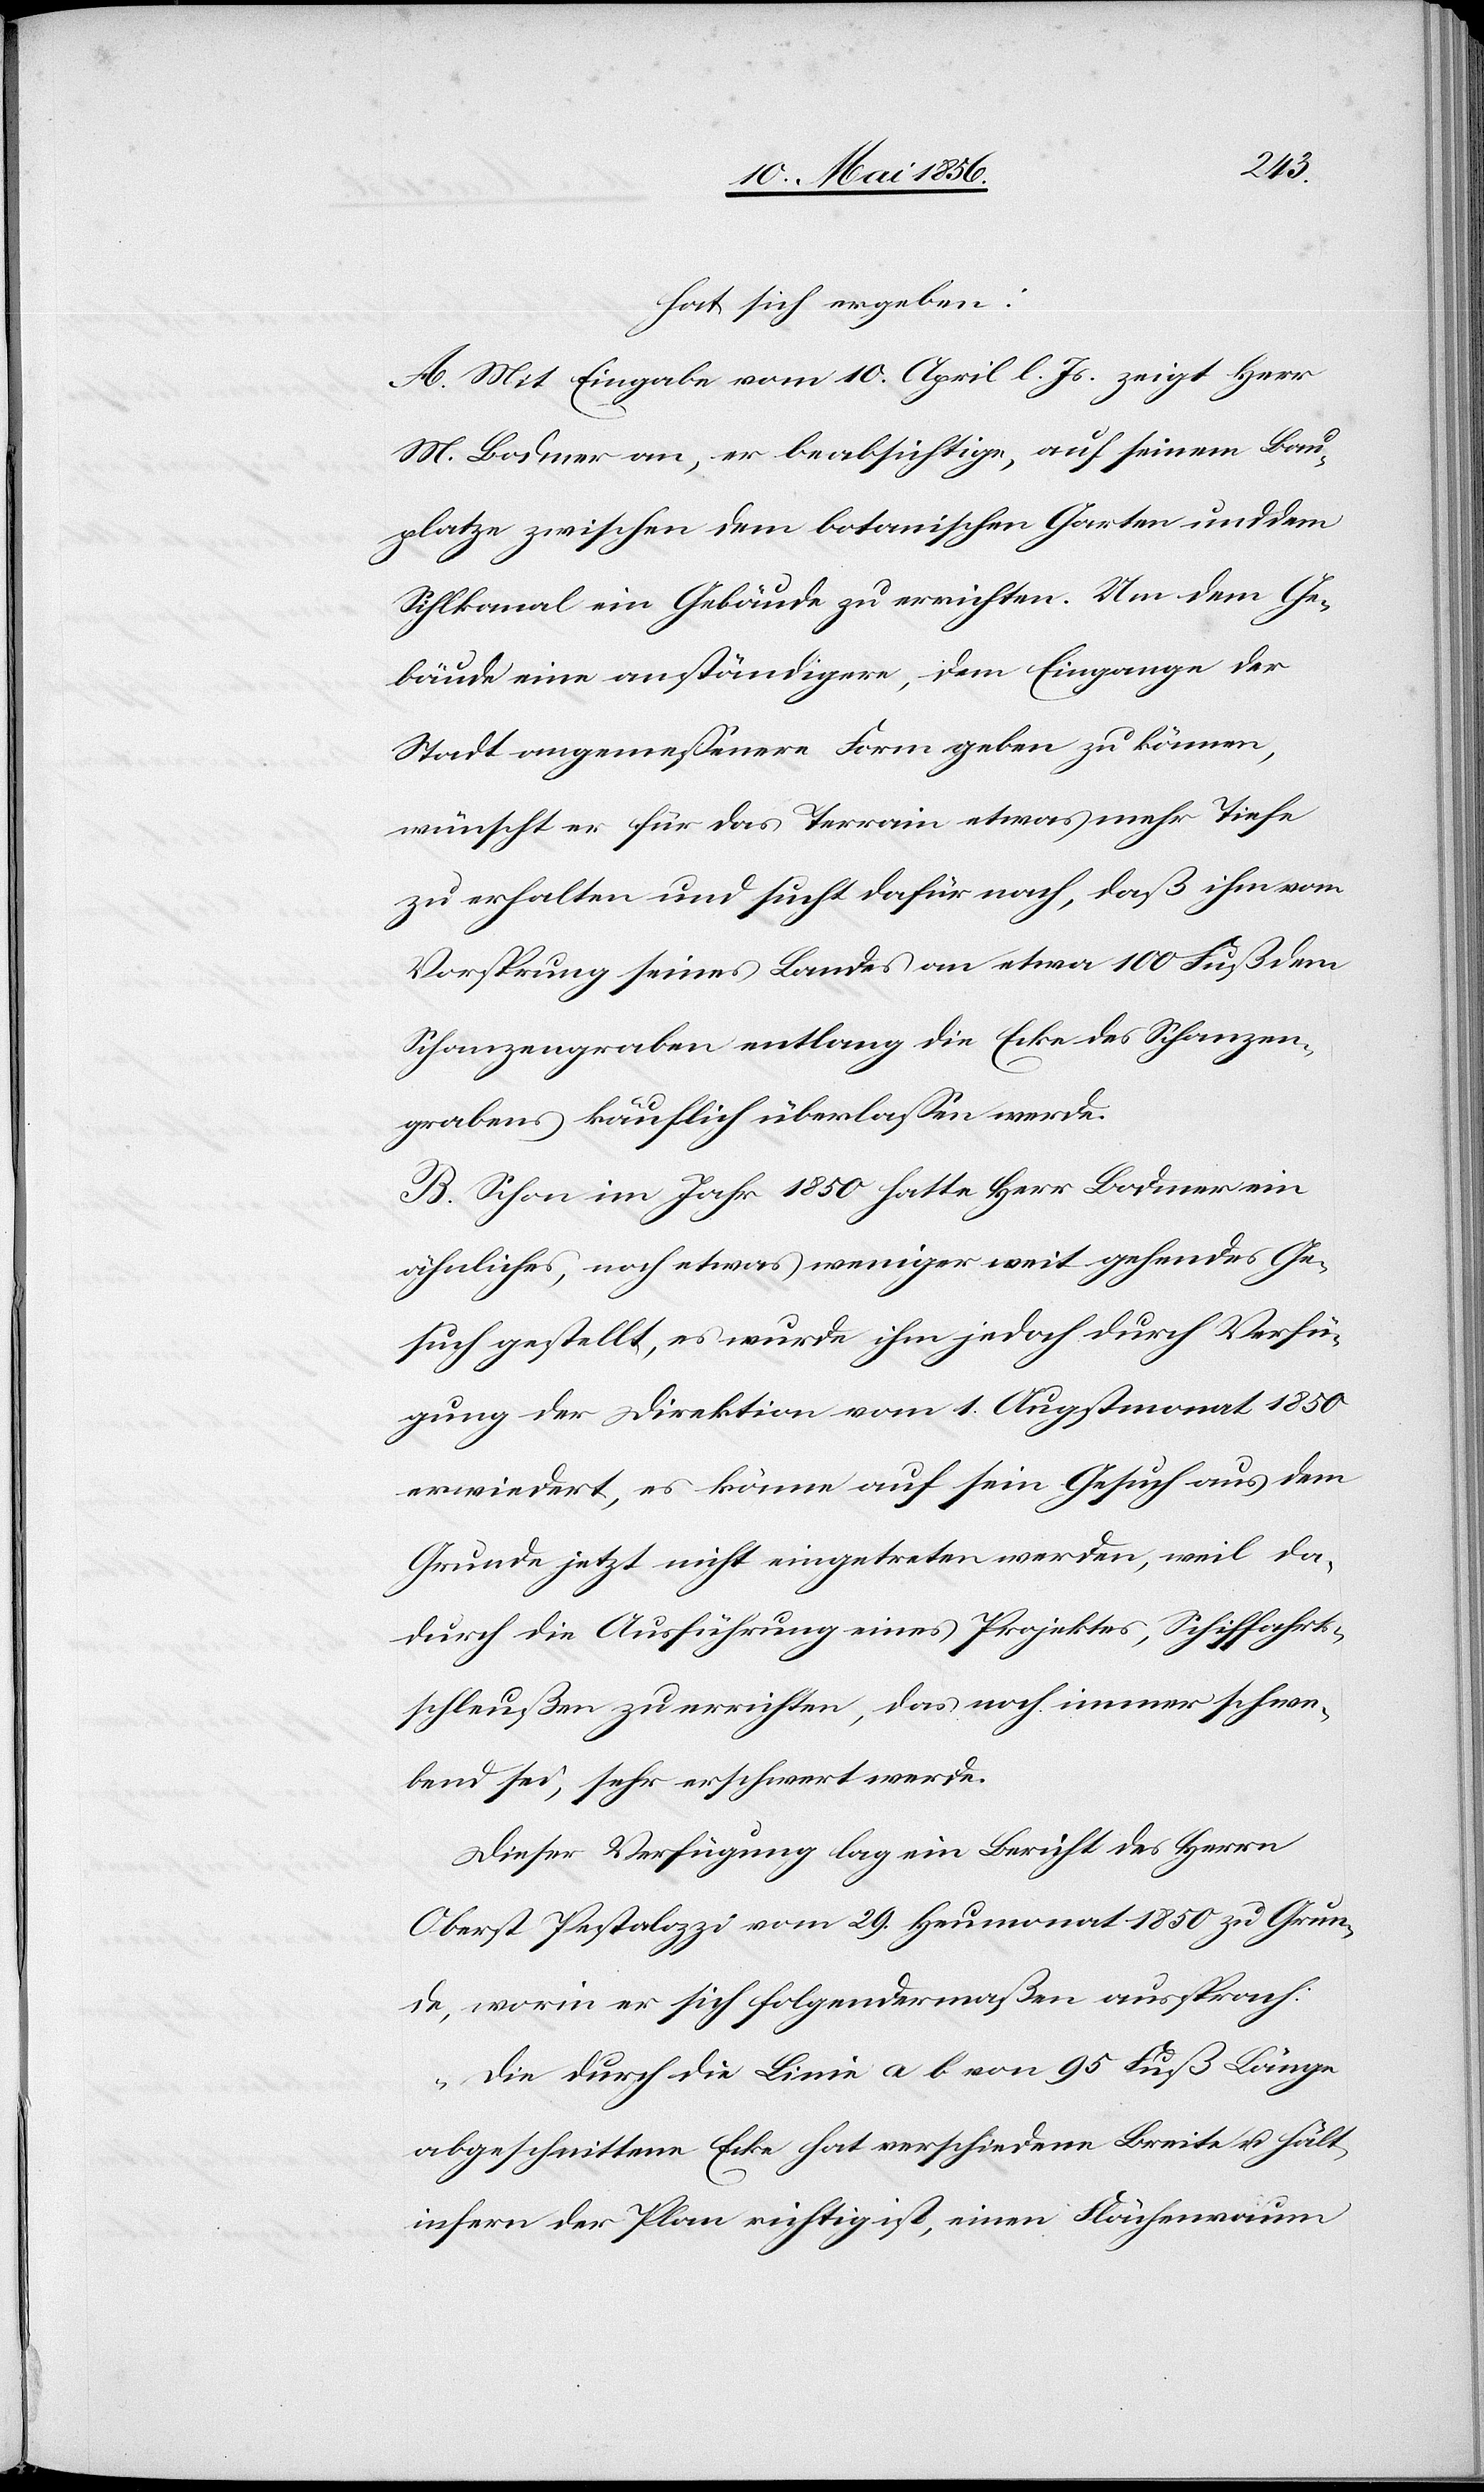
hat sich ergeben:
A. Mit Eingabe vom 10. April l. Js. zeigt Herr
M. Bodmer an, er beabsichtige, auf seinem Bau¬
platze zwischen dem botanischen Garten und dem
Sihlkanal ein Gebäude zu errichten. Um dem Ge¬
bäude eine anständigere, dem Eingange der
Stadt angemessenere Form geben zu können,
wünscht er für das Terrain etwas mehr Tiefe
zu erhalten und sucht dafür nach, daß ihm vom
Vorsprung seines Landes an etwa 100 Fuß dem
Schanzengraben entlang die Ecke des Schanzen¬
grabens käuflich überlassen werde.
B. Schon im Jahr 1850 hatte Herr Bodmer ein
ähnliches, noch etwas weniger weit gehendes Ge¬
such gestellt, es wurde ihm jedoch durch Verfü¬
gung der Direktion vom 1. Augstmonat 1850
erwiedert, es könne auf sein Gesuch aus dem
Grunde jetzt nicht eingetreten werden, weil da¬
durch die Ausführung eines Projektes, Schiffahrts¬
schleußen zu errichten, das noch immer schwe¬
bend sei, sehr erschwert werde.
Dieser Verfügung lag ein Bericht des Herrn
Oberst Pestalozzi vom 29. Herbstmonat 1850 zu Grun¬
de, worin er sich folgendermaßen aussprach:
„Die durch die Linie a b von 95 Fuß Länge
abgeschnittene Ecke hat verschiedene Breite u. hält,
infern der Plan richtig ist, einen Flächenraum